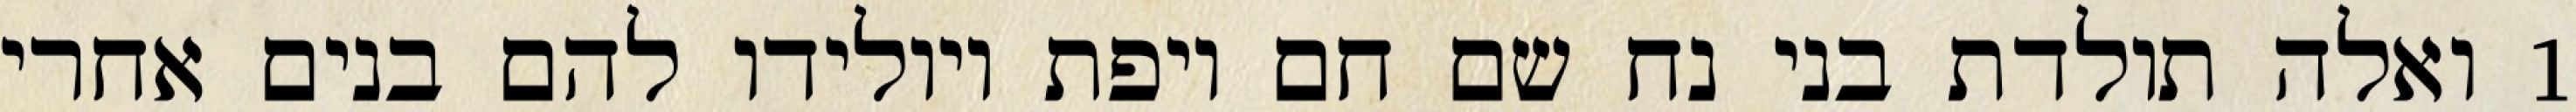
1 ואלה תולדת בני נח שם חם ויפת ויולידו להם בנים אחרי